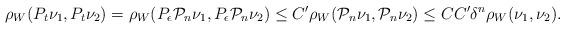
LaTeX: \begin{align*}\rho_W(P_t \nu_1, P_t \nu_2) = \rho_W( P_\epsilon \mathcal{P}_n \nu_1, P_\epsilon \mathcal{P}_n \nu_2)\leq C' \rho_W(\mathcal{P}_n \nu_1, \mathcal{P}_n \nu_2)\leq C C' \delta^n \rho_W(\nu_1, \nu_2).\end{align*}